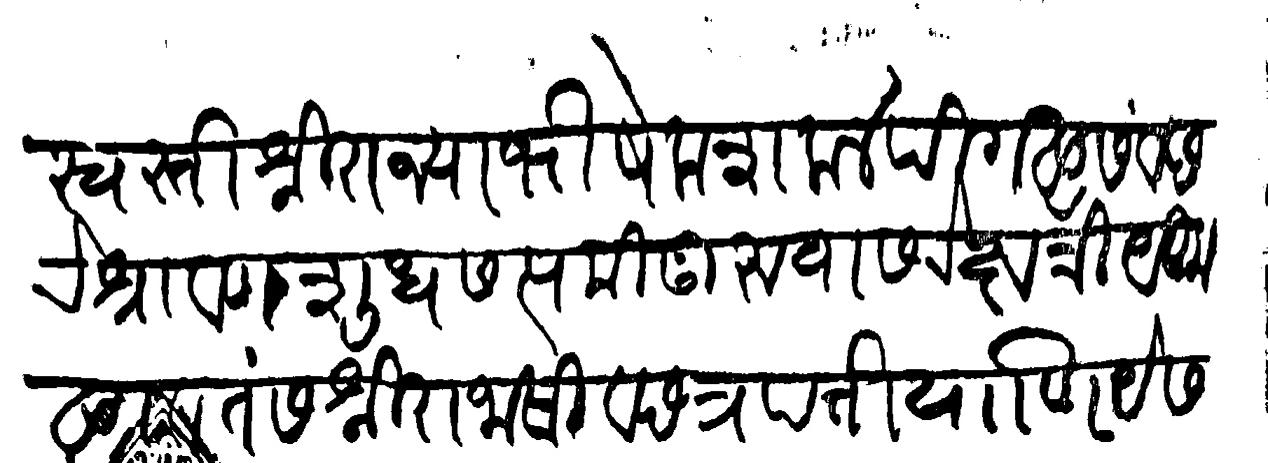
Transliteration (Devanagari): स्वस्ति श्री राज्याभिषेक शक ४ पिगल संवछरे श्रावण शुध सप्तमी गुरुवासरे क्षत्रियकुलावतंस श्री राजा सीव छत्रपति याणी येसवंतराऊ